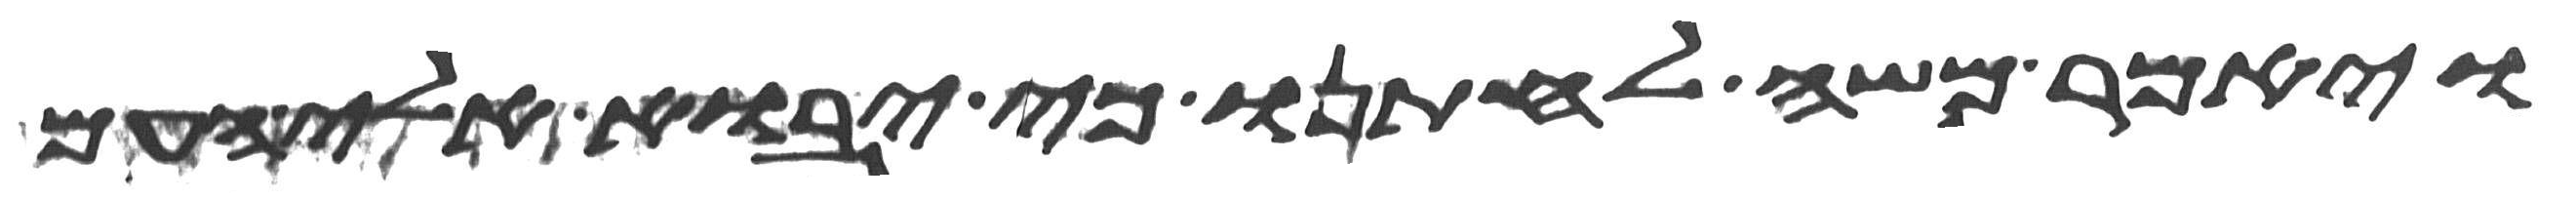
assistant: ויאמר משה לחתנו כי יבוא אלי העם